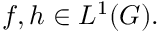
f , h \in L ^ { 1 } ( G ) .